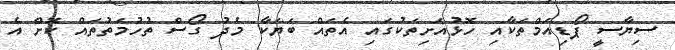
ސިޔާސީ ޕޯޑިއަމްތަކާއި ހޮޅުއަށިތަކުގައި އެތައް ބަޔަކާ މެދު ގޯސް ތުހުމަތުތައް ކޮށް އެ